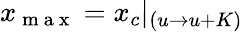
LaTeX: x_{\mathrm{~m~a~x~}}=x_{c}|_{(u\rightarrow u+K)}